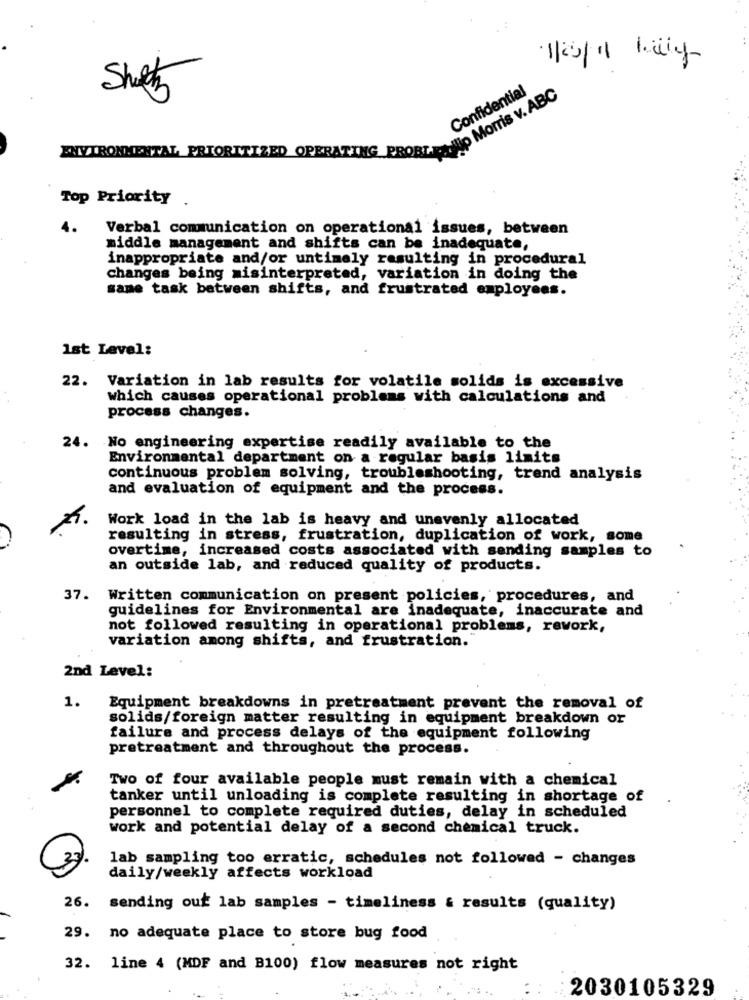
Sheh
Wip Morris v. ABC
Confidential
ENVIRONMENTAL_PRIORITIZED OPERATING PROBT
Top Priority .
4.
Verbal communication on operational issues, between
middle management and shifts can be inadequate,
inappropriate and/or untimely resulting in procedural
changes being misinterpreted, variation in doing the
same task between shifts, and frustrated employees.
1st Level:
22. Variation in lab results for volatile solids is excessive
which causes operational problems with calculations and
process changes.
24. No engineering expertise readily available to the
Environmental department on a regular basis limits
continuous problem solving, troubleshooting, trend analysis
and evaluation of equipment and the process.
Work load in the lab is heavy and unevenly allocated
resulting in stress, frustration, duplication of work, some
overtime, increased costs associated with sending samples to
an outside lab, and reduced quality of products.
37.
Written communication on present policies, procedures, and
guidelines for Environmental are inadequate, inaccurate and
not followed resulting in operational problems, rework,
variation among shifts, and frustration.
2nd Level:
1.
Equipment breakdowns in pretreatment prevent the removal of
solids/foreign matter resulting in equipment breakdown or
failure and process delays of the equipment following
pretreatment and throughout the process.
Two of four available people must remain with a chemical
tanker until unloading is complete resulting in shortage of
personnel to complete required duties, delay in scheduled
work and potential delay of a second chemical truck.
lab sampling too erratic, schedules not followed - changes
daily/weekly affects workload
26.
sending out lab samples - timeliness & results (quality)
29. no adequate place to store bug food
32. line 4 (MDF and B100) flow measures not right
2030105329